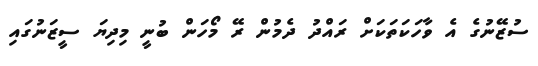
ސުޒޭނުގެ އެ ވާހަކަތަކަށް ރައްދު ދެމުން ރޭ މޯހަން ބުނީ މިދިޔަ ސީޒަނުގައި